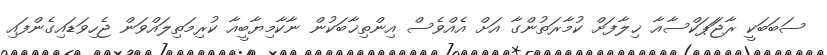
ސަބަބަކީ ރާޖަަޕަކްސާއާ ޚިލާފަށް ކުމާރަތުންގާ އަށް އެއްވެސް އިންތިޚާބަކުން ނާކާމިޔާބީއާ ކުރިމަތިލައްވަން ޖެހިވަޑައިގެންފައި